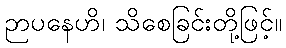
ဉာပနေဟိ၊ သိစေခြင်းတို့ဖြင့်။